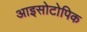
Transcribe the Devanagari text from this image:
आइसोटोपिक